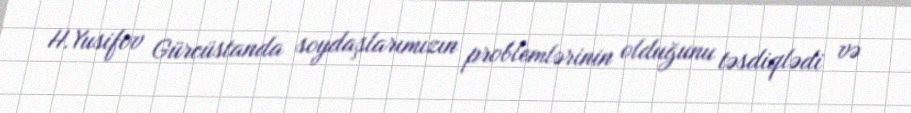
H.Yusifov Gürcüstanda soydaşlarımızın problemlərinin olduğunu təsdiqlədi və